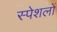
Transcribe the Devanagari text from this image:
स्पेशलों